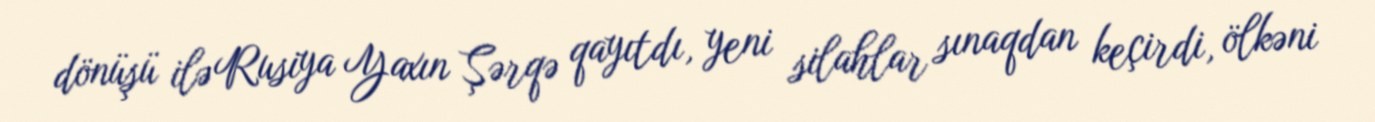
dönüşü ilə Rusiya Yaxın Şərqə qayıtdı, yeni silahlar sınaqdan keçirdi, ölkəni